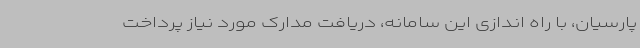
پارسیان، با راه اندازی این سامانه، دریافت مدارک مورد نیاز پرداخت